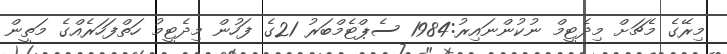
މިރޭގެ މެޗަށް މިދެޓީމް ނުކުންނައިރު:1984 ސެޕްޓެމްބަރު 21ގެ ފަހުން މިދެޓީމު ހަތްފަހަރެއްގެ މަތީން